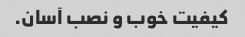
کیفیت خوب و نصب آسان.